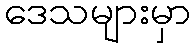
ဒေသများမှာ